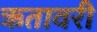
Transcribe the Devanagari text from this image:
ऋतावरी